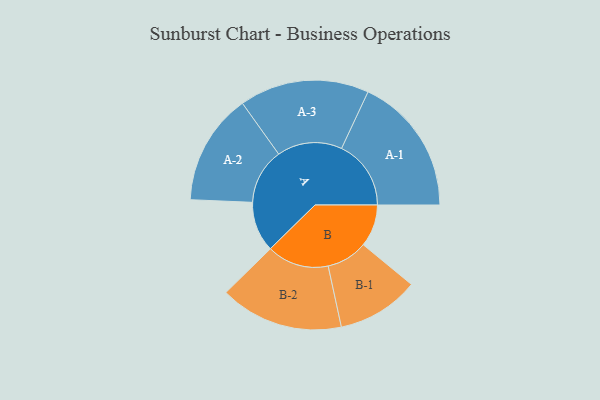
{"axis": {"x": "Segment", "y": "Value"}, "legend": ["", "A", "B"], "data": [{"x": "A", "y": 164, "type": ""}, {"x": "B", "y": 138, "type": ""}, {"x": "A-1", "y": 227, "type": "A"}, {"x": "A-2", "y": 182, "type": "A"}, {"x": "A-3", "y": 212, "type": "A"}, {"x": "B-1", "y": 134, "type": "B"}, {"x": "B-2", "y": 202, "type": "B"}]}